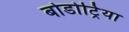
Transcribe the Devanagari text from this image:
बोडोट्रिया